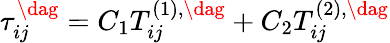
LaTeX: \tau_{ij}^{\dag}={C_{1}}T_{ij}^{\left(1\right),\dag}+{C_{2}}T_{ij}^{\left(2\right),\dag}